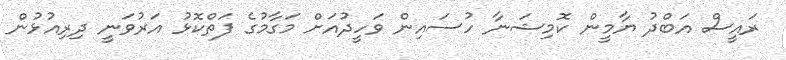
ރައީސް އަބްދު ޔާމީން ކޮމިޝަނާ ހުސައިން ވަހީދުއަށް މަގާމުގެ ފަތްކޮޅު އަރުވަނީ ދިރިއުޅުން